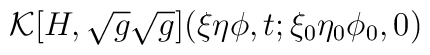
{\cal K} [H,\sqrt{g}\sqrt{g}] (\xi \eta\phi,t;\xi _0\eta_0\phi_0,0)      \hspace{3.0 in}                  \nonumber